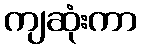
ကျဆုံးကာ